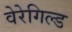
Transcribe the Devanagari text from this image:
वेरेगिल्ड